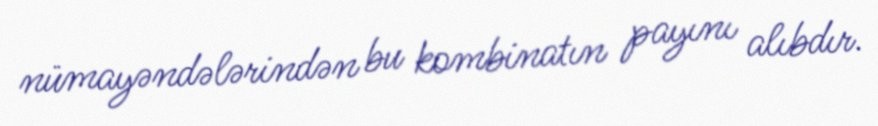
nümayəndələrindən bu kombinatın payını alıbdır.